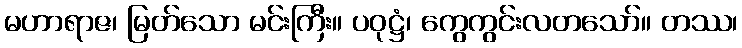
မဟာရာဇ၊ မြတ်သော မင်းကြီး။ ပဝုဋ္ဌံ၊ ကွေကွင်းလတသော်။ တဿ၊